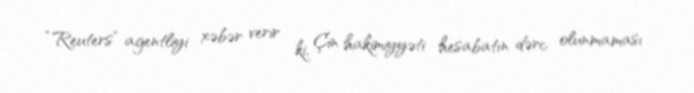
“Reuters” agentliyi xəbər verir ki, Çin hakimiyyəti hesabatın dərc olunmaması